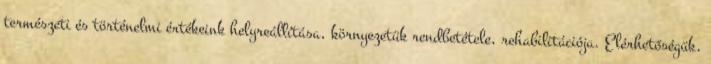
természeti és történelmi értékeink helyreállítása, környezetük rendbetétele, rehabilitációja. Elérhetőségük,